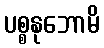
ပစ္စနုဘောမိ